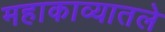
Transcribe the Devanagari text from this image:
महाकाव्यातले